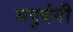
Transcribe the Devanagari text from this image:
सपुर्दगी